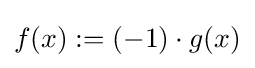
f(x):=(-1)\cdot g(x)